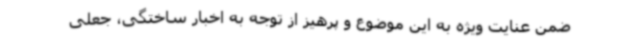
ضمن عنایت ویژه به این موضوع و پرهیز از توجه به اخبار ساختگی، جعلی